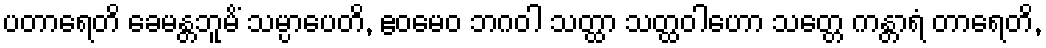
ပတာရေတိ ခေမန္တဘူမိံ သမ္ပာပေတိ, ဧဝမေဝ ဘဂဝါ သတ္ထာ သတ္ထဝါဟော သတ္တေ ကန္တာရံ တာရေတိ,